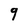
Character: 9